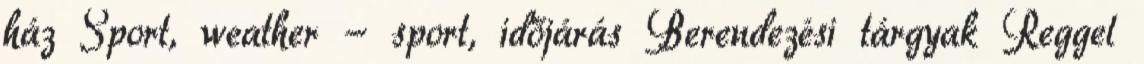
ház Sport, weather - sport, időjárás Berendezési tárgyak Reggel